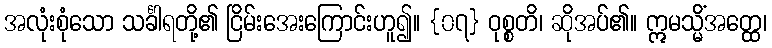
အလုံးစုံသော သင်္ခါရတို့၏ ငြိမ်းအေးကြောင်းဟူ၍။ {၀၇} ဝုစ္စတိ၊ ဆိုအပ်၏။ ဣမသ္မိံအတ္ထေ၊